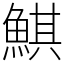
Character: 鯕